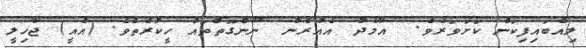
ލިއްބައިފިކަން ކަށަވަރެވެ.  އާމެދު އެއުރެން  ނޫންގޮތްތައް ހީކުރެތެވެ. (އެއީ) ޖާހިލީ